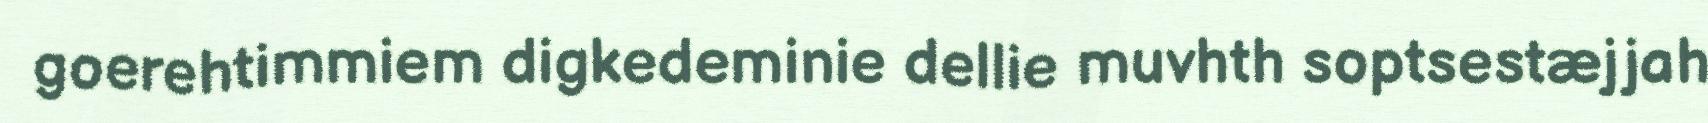
goerehtimmiem digkedeminie dellie muvhth soptsestæjjah